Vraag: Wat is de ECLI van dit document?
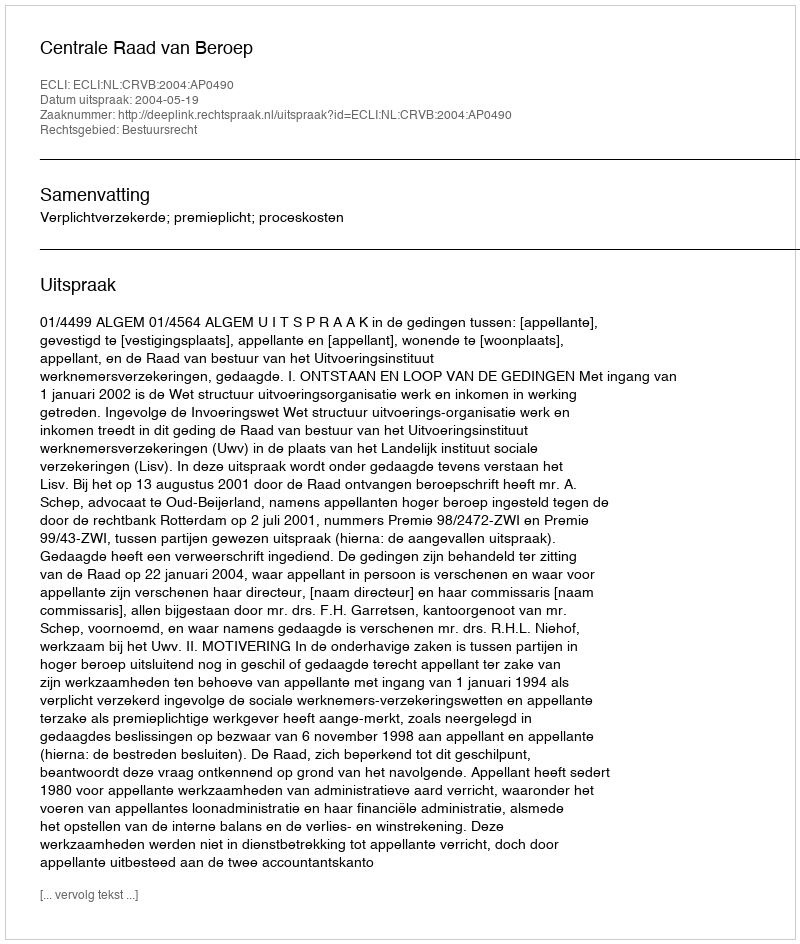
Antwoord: ECLI:NL:CRVB:2004:AP0490